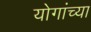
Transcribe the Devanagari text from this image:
योगांच्या